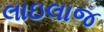
લાઇલાજ